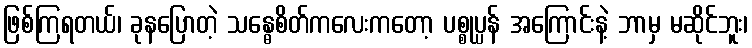
ဖြစ်ကြရတယ်၊ ခုနပြောတဲ့ သန္ဓေစိတ်ကလေးကတော့ ပစ္စုပ္ပန် အကြောင်းနဲ့ ဘာမှ မဆိုင်ဘူး၊